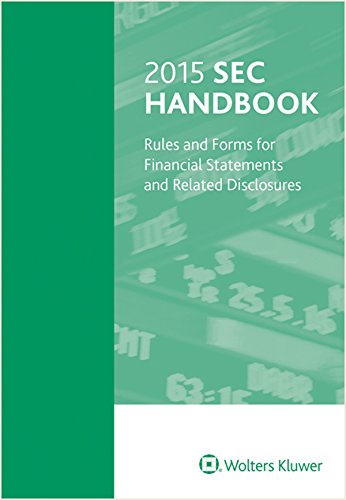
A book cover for SEC Handbook: Rules and Forms for Financial Statements and Related Disclosures; Wolters Kluwer Law & Business Attorney Editors; Law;